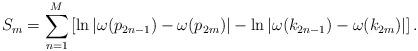
LaTeX: \begin{align*}S_m=\sum_{n=1}^M \left[\ln|\omega(p_{2n-1})-\omega(p_{2m})|-\ln|\omega(k_{2n-1})-\omega(k_{2m})|\right].\end{align*}